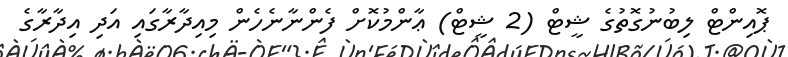
ޕޮއިންޓް ލިބުނުގޮތުގެ ޝީޓް (2 ޝީޓް) ޢާންމުކޮށް ފެންނާނެހެން މިއިދާރާގައި އަދި އިދާރާގެ